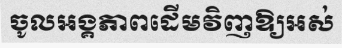
ចូលអង្គភាពដើមវិញឱ្យអស់